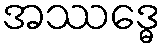
အဿဒ္ဓေ